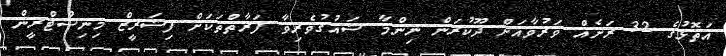
އަތޮޅުގެ 32 ރަށެއް ވަރުވާއަށް ދޫކުރަން ނިންމާ ޝައުގުވެރިވާ ފަރާތްތަކަށް ފިޝަރީޒް މިނިސްޓްރީން